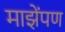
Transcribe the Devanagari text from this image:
माझेंपण